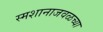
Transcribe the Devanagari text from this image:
स्मशानाजवळच्या